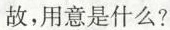
故，用意是什么?